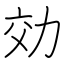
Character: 効